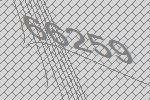
66259